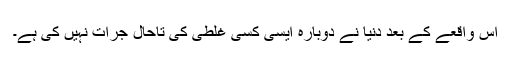
اس واقعے کے بعد دنیا نے دوبارہ ایسی کسی غلطی کی تاحال جرأت نہیں کی ہے۔